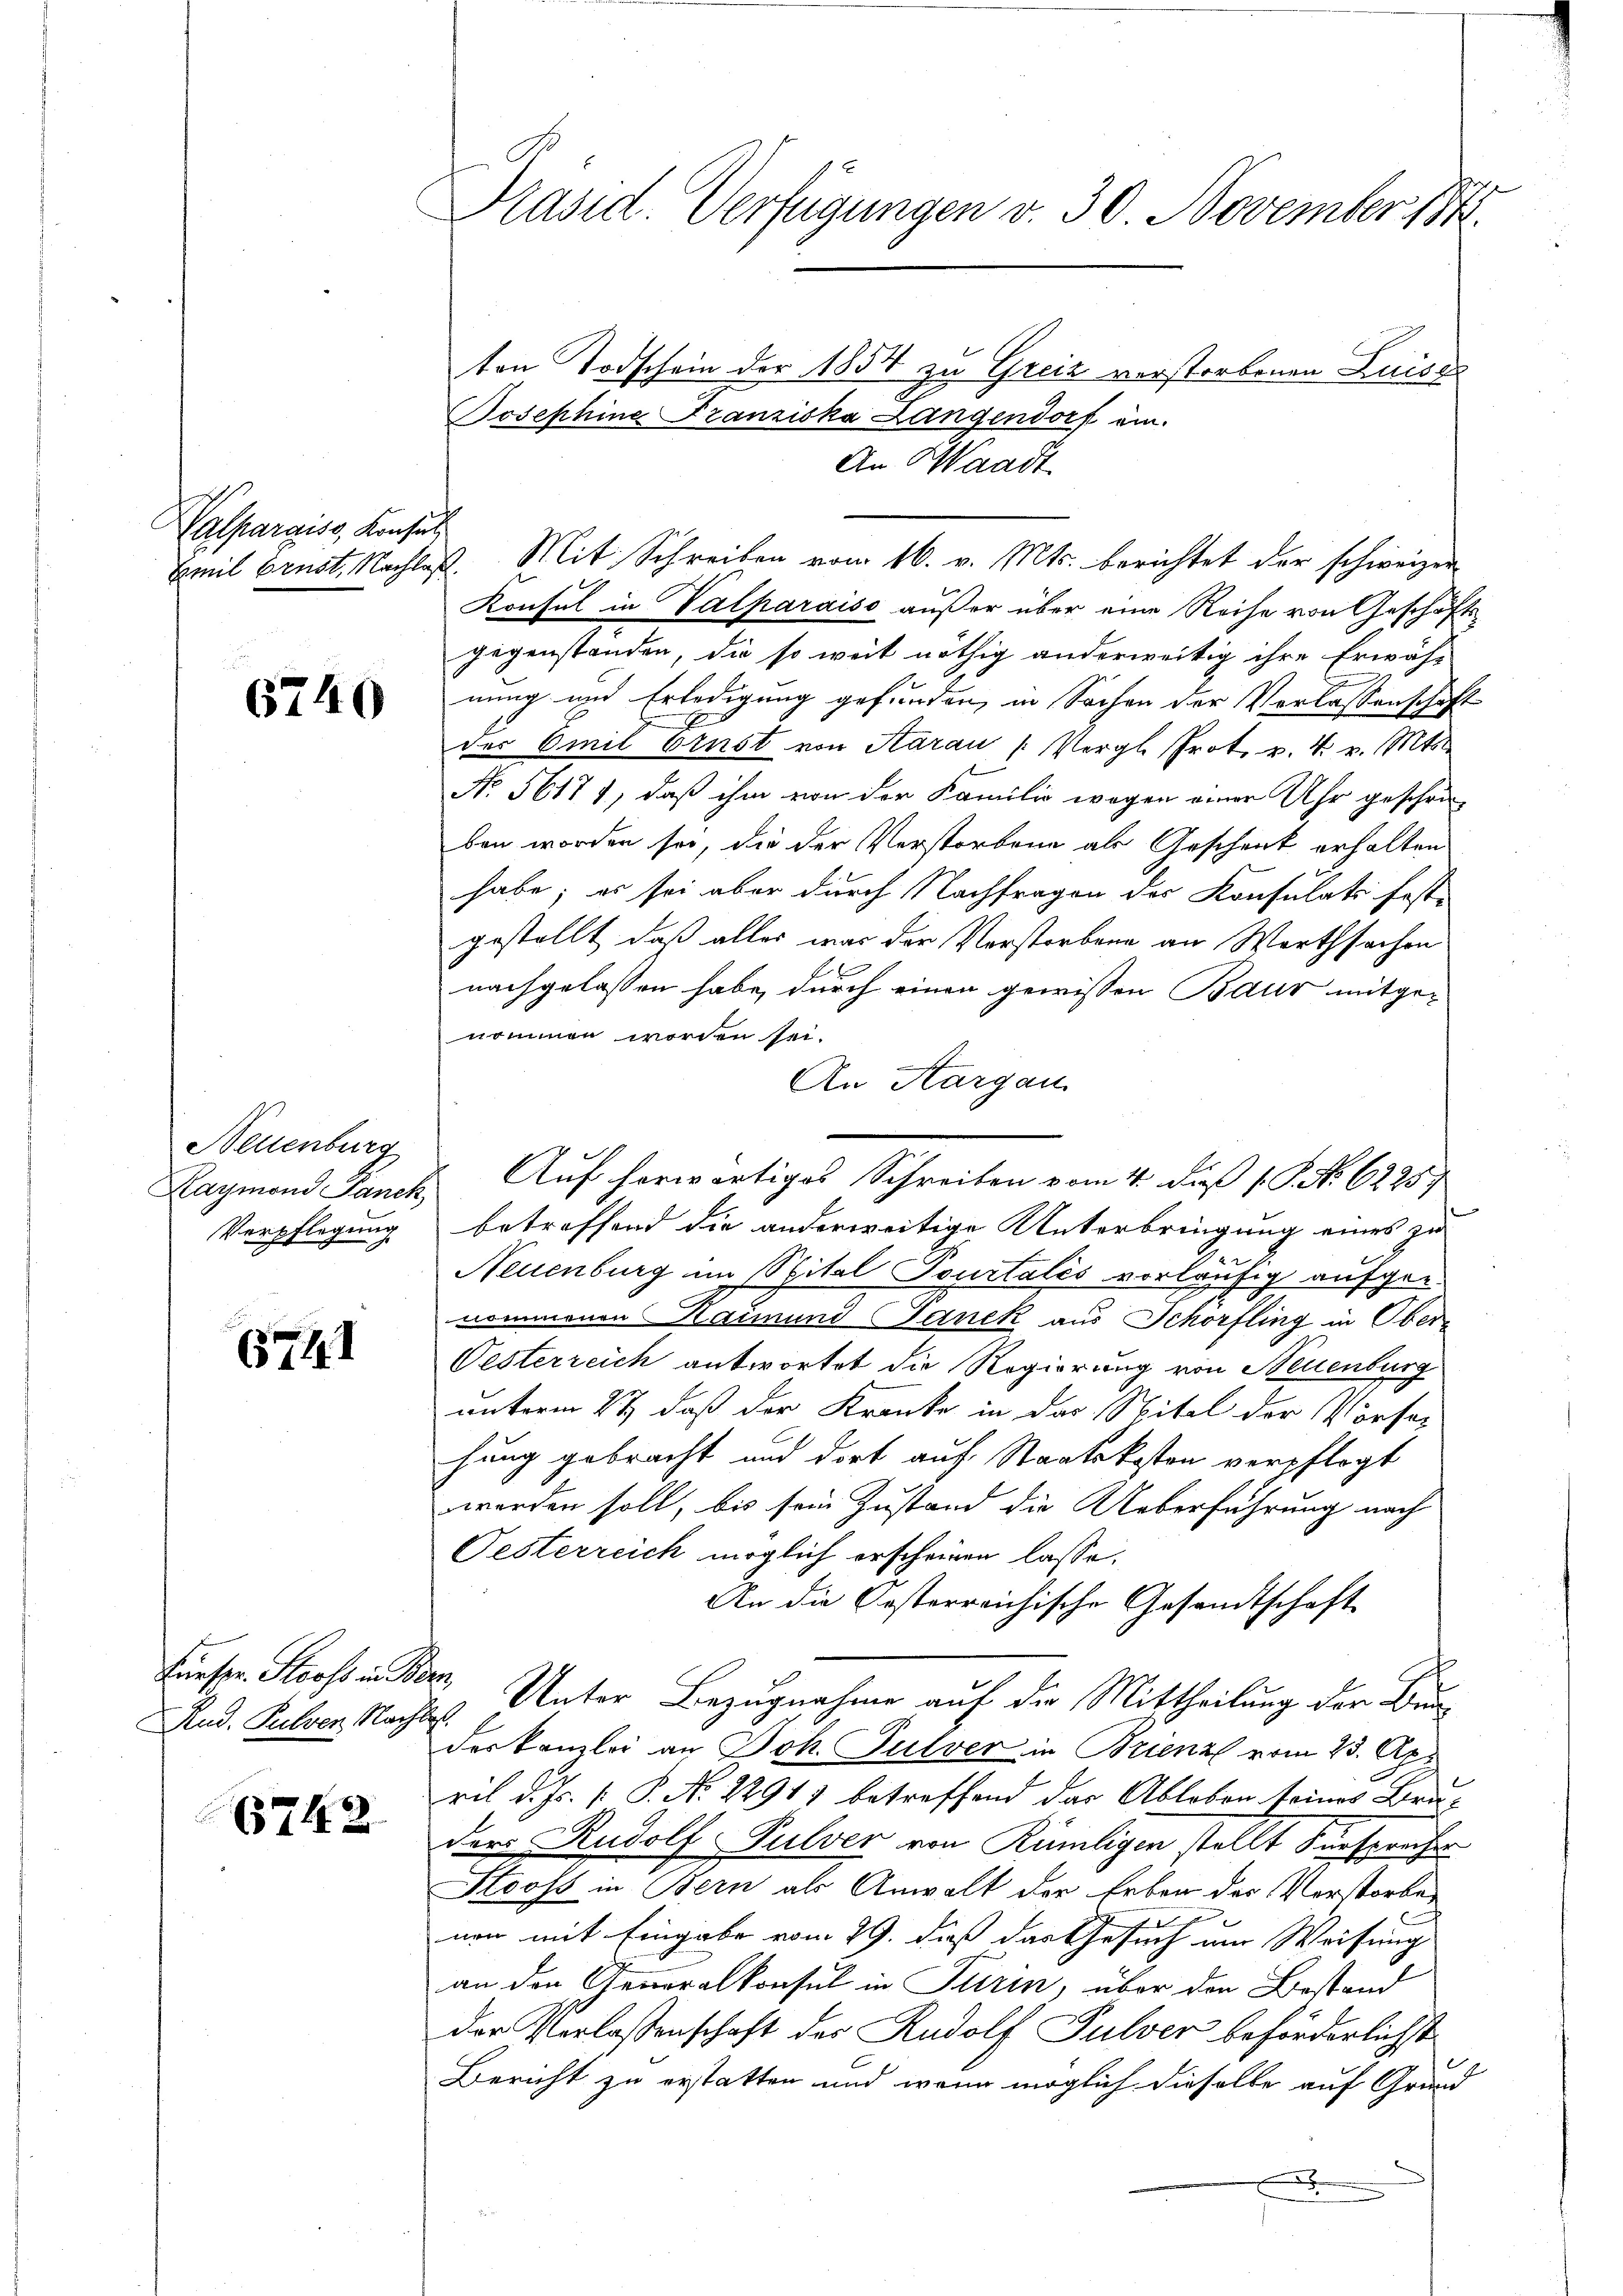
Valparaiss, Konsul

6740

Neuenburg
Haymond Panck,
Verpflegung

672. I

Kueser Stooss in Ber
Rud. Kelver Nacht

5742

Präsid. Verfügungen v. 30. November 1844.
ton Todschein der 1854 zu Greiz vorstorbenen Luise
Josephine Franziska Langendorf ein.

An Waadt
Emil Brust. Nachlaβ. Mit Schreiben vom 16. v. Mts. berichtet der schweizer
Konsul in Valparaiso außer über eine Reihe von Geschäft
gegenstanden, die so weit nöthig anderweitig ihre Erwäh-
nung und Erledigung gefunden, in Sachen der Verlassenschaft
des Emil Ernst von Aarau (Vergl. Prot. v. 4. v. Mts.
No. 56171, daß ihm von der Familie wegen einer Uhr gescheiben worden sei, die der Verstorbene als Geschenk erhalten
habe; es sei aber durch Nachfragen der Konsulats feste
gestellt, daß alles was der Vorstorbene an Werthsachen
nachgelassen habe, durch einen gewissen Baur mitge-
nommen worden sei.
An Aargau.
betreffend die anderweitige Unterbringung eines zu
Neuenburg im Spital Tourtales vorläufig aufgenommenen Raimund Janek aus Schorfling in Ober¬
Oesterreich antwortet die Regierung von Neuenburg
unterm 27. daß der Kranke in das Nitel der Vorsehung gebracht und dort auf Staatskosten verpflegt
worden soll, bis sein Zustand die Ueberführung nach
Oesterreich möglich erscheinen lasse.
An die Gesterreichische Gesandtschaft
 Unter Bezugnahme auf die Mittheilung der Bunder Kanzlei an Joh. Pulver in Brienz vom 23. Apr
ril d. Js. [: P. Nr. 22911 betreffend das Ableben seines Bruder Rudolf Pulver von Rümligen stellt Fürsprecher
Stooss in Bern als Anwalt der Leben des Verstorbe
non mit Eingabe vom 29. dieß das Gesuch um Weisung
an den Generalkonsul in Turin, über den Bestand
der Verlassenschaft des Rudolf Pulver beförderlichst
Bericht zu erstatten und wenn möglich dieselbe auf Grund
.

Auf herwärtiges Schreiben vom 4. daß P. Nr. 6225)